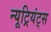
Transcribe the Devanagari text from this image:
न्यूट्रियंट्स